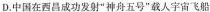
D.中国在西昌成功发射“神舟五号"载人宇宙飞船